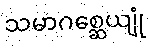
သမာဂစ္ဆေယျုံ